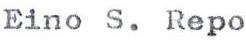
Eino S. Repo